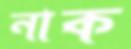
নাক